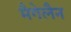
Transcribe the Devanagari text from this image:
मैगेलैन